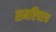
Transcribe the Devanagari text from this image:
समष्टिपरक